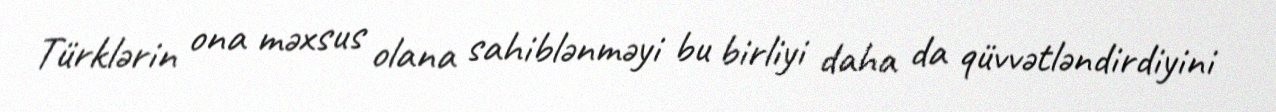
Türklərin ona məxsus olana sahiblənməyi bu birliyi daha da qüvvətləndirdiyini